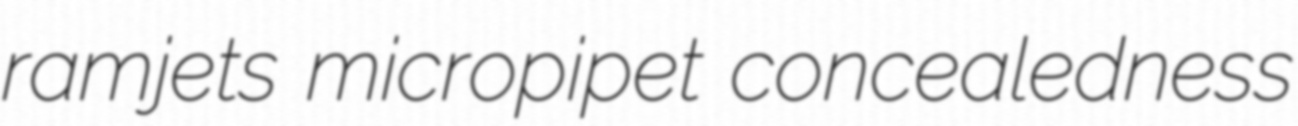
ramjets micropipet concealedness